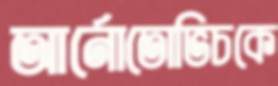
আর্নোতোভিচকে